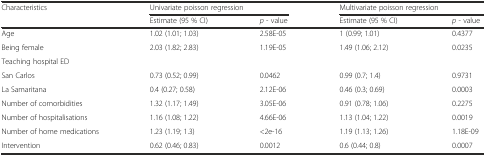
<table><thead><tr><td rowspan="2"><b>Characteristics</b></td><td colspan="2"><b>Univariate poisson regression</b></td><td colspan="2"><b>Multivariate poisson regression</b></td></tr><tr><td><b>Estimate (95 % CI)</b></td><td><b><i>p</i> - value</b></td><td><b>Estimate (95 % CI)</b></td><td><b><i>p</i> - value</b></td></tr></thead><tbody><tr><td>Age</td><td>1.02 (1.01; 1.03)</td><td>2.58E-05</td><td>1 (0.99; 1.01)</td><td>0.4377</td></tr><tr><td>Being female</td><td>2.03 (1.82; 2.83)</td><td>1.19E-05</td><td>1.49 (1.06; 2.12)</td><td>0.0235</td></tr><tr><td>Teaching hospital ED</td><td></td><td></td><td></td><td></td></tr><tr><td>San Carlos</td><td>0.73 (0.52; 0.99)</td><td>0.0462</td><td>0.99 (0.7; 1.4)</td><td>0.9731</td></tr><tr><td>La Samaritana</td><td>0.4 (0.27; 0.58)</td><td>2.12E-06</td><td>0.46 (0.3; 0.69)</td><td>0.0003</td></tr><tr><td>Number of comorbidities</td><td>1.32 (1.17; 1.49)</td><td>3.05E-06</td><td>0.91 (0.78; 1.06)</td><td>0.2275</td></tr><tr><td>Number of hospitalisations</td><td>1.16 (1.08; 1.22)</td><td>4.66E-06</td><td>1.13 (1.04; 1.22)</td><td>0.0019</td></tr><tr><td>Number of home medications</td><td>1.23 (1.19; 1.3)</td><td>&lt;2e-16</td><td>1.19 (1.13; 1.26)</td><td>1.18E-09</td></tr><tr><td>Intervention</td><td>0.62 (0.46; 0.83)</td><td>0.0012</td><td>0.6 (0.44; 0.8)</td><td>0.0007</td></tr></tbody></table>